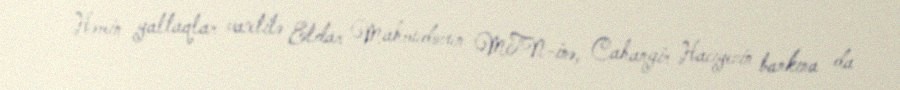
Həmin yaltaqlar vaxtilə Eldar Mahmudovun MTN-inə, Cahangir Hacıyevin bankına da